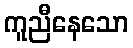
ကူညီနေသော